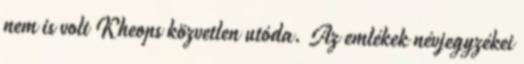
nem is volt Kheops közvetlen utóda. Az emlékek névjegyzékei